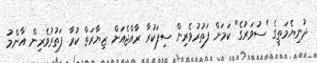
ދުނިޔެމަތީގެ "ސުވަރުގެ" ކަމަށް ފަތުރުވެރިން ސިފަކުރާ ރާއްޖެއަށް ޒިޔާރަތް ކުރާ ފަތުރުވެރިން އާންމު